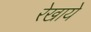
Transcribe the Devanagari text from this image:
रेखाये